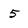
Character: 5